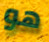
هو